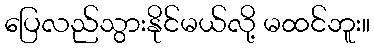
ပြေလည်သွားနိုင်မယ်လို့ မထင်ဘူး။